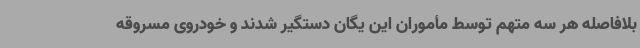
بلافاصله هر سه متهم توسط مأموران این یگان دستگیر شدند و خودروی مسروقه